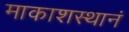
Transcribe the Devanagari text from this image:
माकाशस्थानं